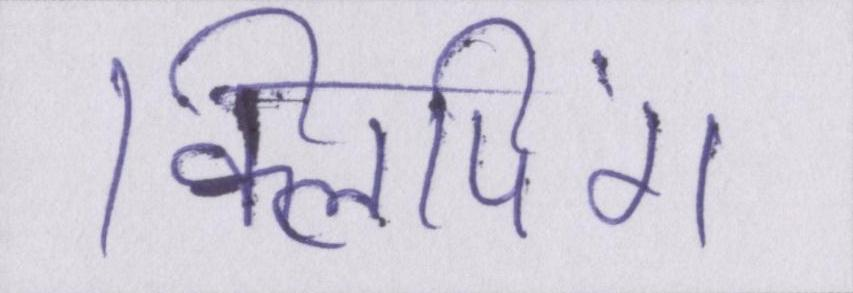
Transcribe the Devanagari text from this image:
क्लिपिंग